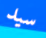
سيد